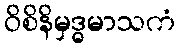
ဝိစိနိမှဒ္ဓမာသကံ